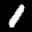
Label: 1